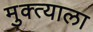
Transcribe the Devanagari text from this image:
मुक्त्याला